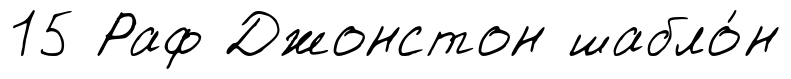
15 Раф Джонстон шабло́н